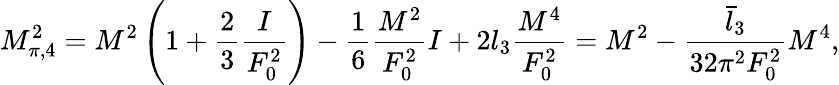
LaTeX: M_{\pi,4}^{2}=M^{2}\left(1+\frac{2}{3}\frac{I}{F_{0}^{2}}\right)-\frac{1}{6}\frac{M^{2}}{F_{0}^{2}}I+2l_{3}\frac{M^{4}}{F_{0}^{2}}=M^{2}-\frac{\bar{l}_{3}}{32\pi^{2}F_{0}^{2}}M^{4},